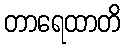
တာရေထာတိ